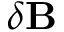
\delta \mathbf { B }